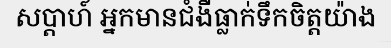
សប្តាហ៍ អ្នកមានជំងឺធ្លាក់ទឹកចិត្តយ៉ាង